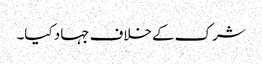
شرک کے خلاف جہاد کیا۔